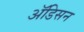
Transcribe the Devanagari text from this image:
ॲडिसन